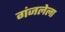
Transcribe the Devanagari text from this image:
गंजलेला